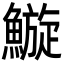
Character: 䲂